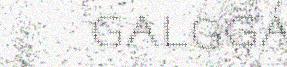
galggá